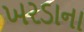
ખરડાના